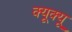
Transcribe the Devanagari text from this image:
क्यूक्यू